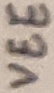
Text: VEE